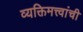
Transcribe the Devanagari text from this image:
व्यक्तिमत्त्वांची